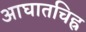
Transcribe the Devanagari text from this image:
आघातचिह्र